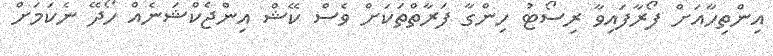
އިންތިހާއަށް ފޯރާފައިވާ ރިސޯޓު ހިންގާ ފަރާތްތަކަށް ވެސް ކޭޝް އިންޖެކްޝަނެއް ހޯދޭ ނެކަމަށް